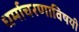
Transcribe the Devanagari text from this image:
धर्माचरणाविषयी